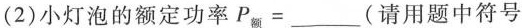
(2)小灯泡的额定功率$$P _ { 额 } =___$$(请用题中符号